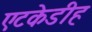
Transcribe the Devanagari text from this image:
एटकेडीह